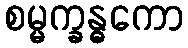
စမ္မက္ခန္ဓကော